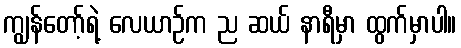
ကျွန်တော့်ရဲ့ လေယာဉ်က ည ဆယ် နာရီမှာ ထွက်မှာပါ။